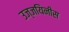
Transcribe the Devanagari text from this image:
उज्जयिनीस